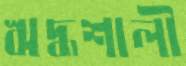
ঋদ্ধশালী